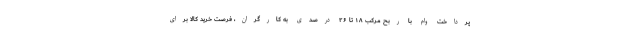
پرداخت وام با ربح مرکب ۱۸ تا ۲۶ درصدی به کارگران، فرصت خرید کالا برای